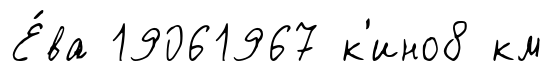
Е́ва 19061967 к'ино8 км